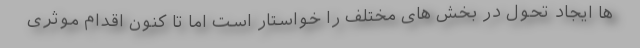
ها ایجاد تحول در بخش های مختلف را خواستار است اما تا کنون اقدام موثری